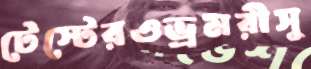
টেস্টেরওভ্রমরীসু